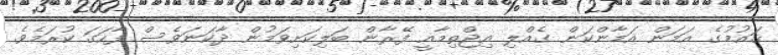
ޤައުމުގެ އަމަން އަމާންކަން ގެއްލި އިޖްތިމާއީ ފޭރާން ބަލިކަށިވަމުން ދާކަނަވެސް ފާހަގަ ކުރަމެވެ.